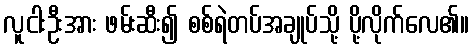
လူငါးဦးအား ဖမ်းဆီး၍ စစ်ရဲတပ်အချုပ်သို့ ပို့လိုက်လေ၏။